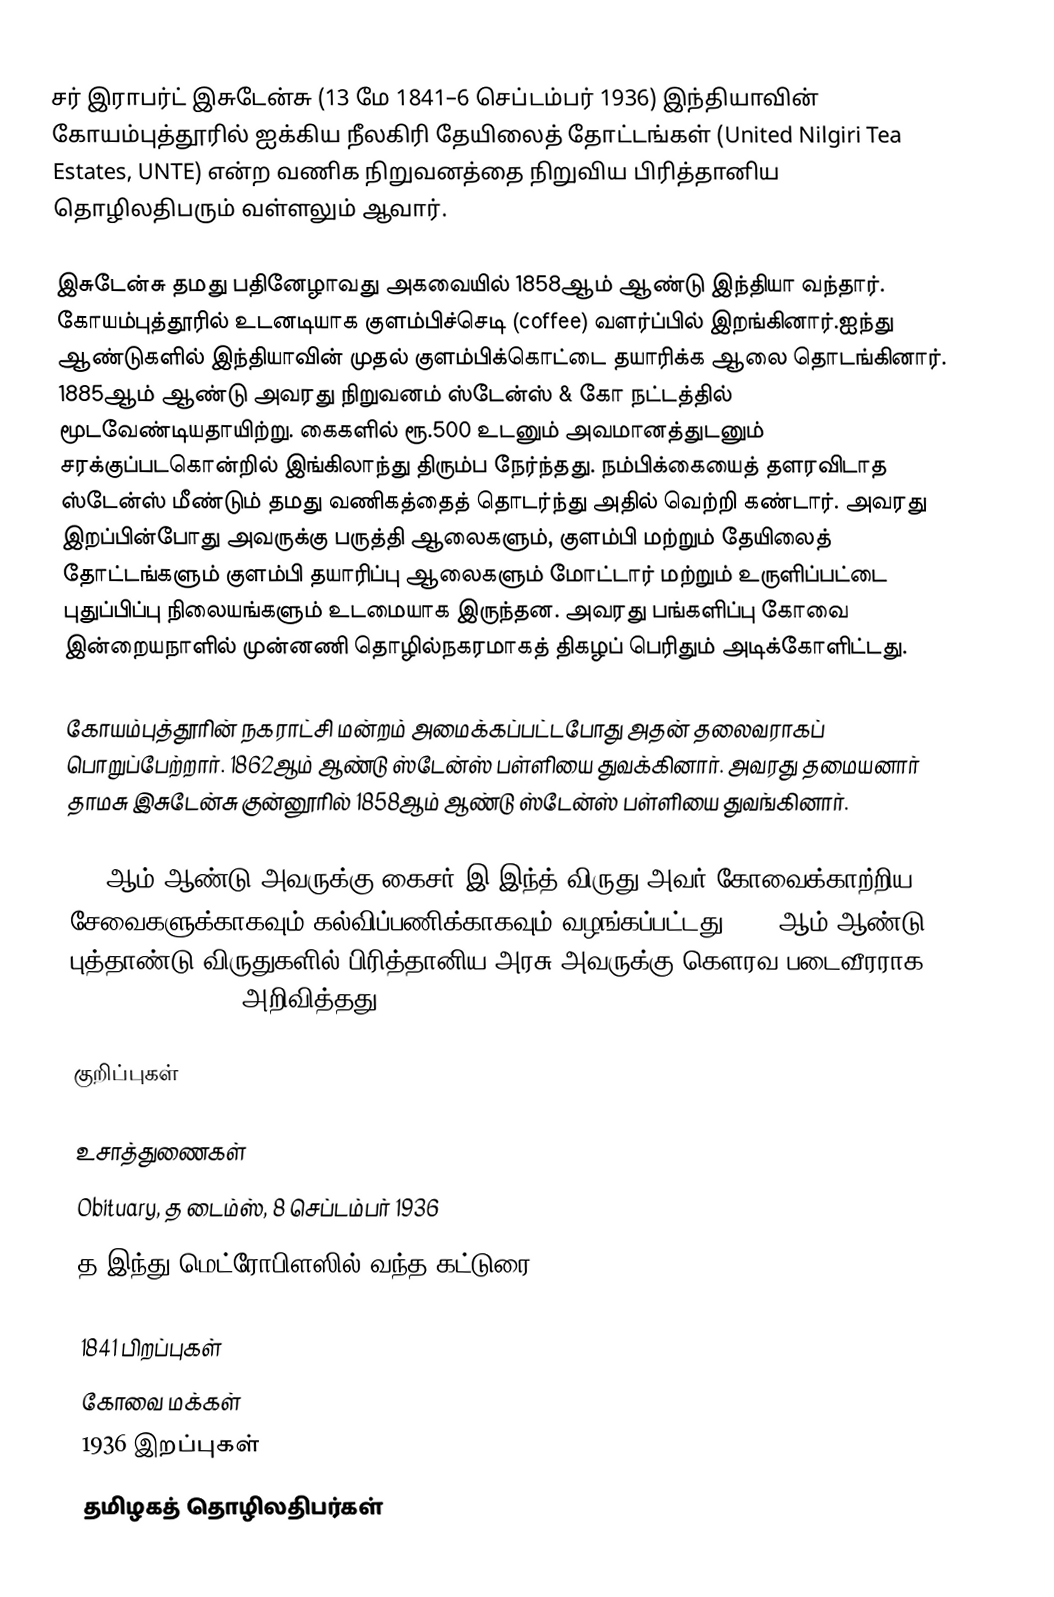
சர் இராபர்ட் இசுடேன்சு (13 மே 1841–6 செப்டம்பர் 1936) இந்தியாவின் கோயம்புத்தூரில் ஐக்கிய நீலகிரி தேயிலைத் தோட்டங்கள் (United Nilgiri Tea Estates, UNTE) என்ற வணிக நிறுவனத்தை நிறுவிய பிரித்தானிய தொழிலதிபரும் வள்ளலும் ஆவார்.

இசுடேன்சு தமது பதினேழாவது அகவையில் 1858ஆம் ஆண்டு இந்தியா வந்தார். கோயம்புத்தூரில் உடனடியாக குளம்பிச்செடி (coffee) வளர்ப்பில் இறங்கினார்.ஐந்து ஆண்டுகளில் இந்தியாவின் முதல் குளம்பிக்கொட்டை தயாரிக்க ஆலை தொடங்கினார். 1885ஆம் ஆண்டு அவரது நிறுவனம் ஸ்டேன்ஸ் & கோ நட்டத்தில் மூடவேண்டியதாயிற்று. கைகளில் ரூ.500 உடனும் அவமானத்துடனும் சரக்குப்படகொன்றில் இங்கிலாந்து திரும்ப நேர்ந்தது. நம்பிக்கையைத் தளரவிடாத ஸ்டேன்ஸ் மீண்டும் தமது வணிகத்தைத் தொடர்ந்து அதில் வெற்றி கண்டார். அவரது இறப்பின்போது அவருக்கு பருத்தி ஆலைகளும், குளம்பி மற்றும் தேயிலைத் தோட்டங்களும் குளம்பி தயாரிப்பு ஆலைகளும் மோட்டார் மற்றும் உருளிப்பட்டை புதுப்பிப்பு நிலையங்களும் உடமையாக இருந்தன. அவரது பங்களிப்பு கோவை இன்றையநாளில் முன்னணி தொழில்நகரமாகத் திகழப் பெரிதும் அடிக்கோளிட்டது.

கோயம்புத்தூரின் நகராட்சி மன்றம் அமைக்கப்பட்டபோது அதன் தலைவராகப் பொறுப்பேற்றார். 1862ஆம் ஆண்டு ஸ்டேன்ஸ் பள்ளியை துவக்கினார். அவரது தமையனார் தாமசு இசுடேன்சு குன்னூரில் 1858ஆம் ஆண்டு ஸ்டேன்ஸ் பள்ளியை துவங்கினார்.

1913ஆம் ஆண்டு அவருக்கு கைசர்-இ-இந்த் விருது அவர் கோவைக்காற்றிய சேவைகளுக்காகவும் கல்விப்பணிக்காகவும் வழங்கப்பட்டது. 1920ஆம் ஆண்டு புத்தாண்டு விருதுகளில் பிரித்தானிய அரசு அவருக்கு கௌரவ படைவீரராக (Knight Bachelor) அறிவித்தது.

குறிப்புகள்

உசாத்துணைகள்
Obituary, த டைம்ஸ், 8 செப்டம்பர் 1936
த இந்து மெட்ரோபிளஸில் வந்த கட்டுரை

1841 பிறப்புகள்
கோவை மக்கள்
1936 இறப்புகள்
தமிழகத் தொழிலதிபர்கள்